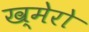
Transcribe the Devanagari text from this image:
ख्मेरो